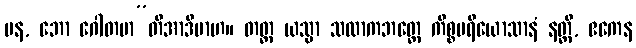
ပန, ဘော ဂေါတမာ”တိအာဒိမာဟ။ တတ္ထ ယသ္မာ သလာကဘတ္တေ ကိစ္စပရိယောသာနံ နတ္ထိ, ဧကေန